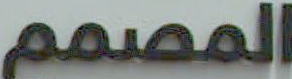
المصمم